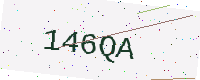
Text: 146QA